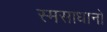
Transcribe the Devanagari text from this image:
स्मसाधानो